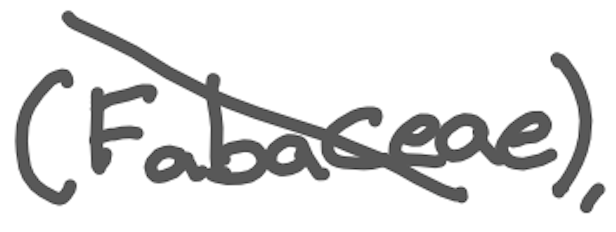
Text: (Fabaceae),
Cross-out: diagonal
Writing tool: digital_gray